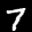
Label: 7